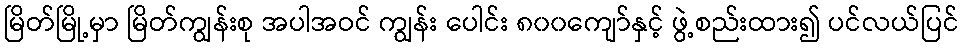
မြိတ်မြို့မှာ မြိတ်ကျွန်းစု အပါအဝင် ကျွန်း ပေါင်း ၈၀၀ကျော်နှင့် ဖွဲ့စည်းထား၍ ပင်လယ်ပြင်